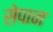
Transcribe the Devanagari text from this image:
सेपान